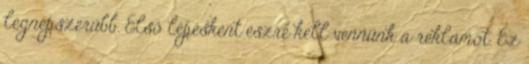
legnépszerűbb. Első lépésként észre kell vennünk a reklámot. Ez